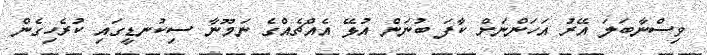
ވިސްނާބަލަ އޭރު އަހަންނަށް ކާފަ ބުނަން އުޅޭ އެއްޗެއްގެ ނަމޫނާ ސިކުނޑީގައި ކުރެހިގެން